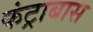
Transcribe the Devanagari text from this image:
कंट्राबास